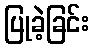
ပြုခဲ့ခြင်း